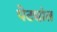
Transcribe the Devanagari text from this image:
पेट्यांत